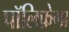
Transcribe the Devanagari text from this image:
पॉलिफ़ेगा